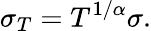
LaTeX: \sigma_{T}=T^{1/\alpha}\sigma.